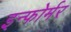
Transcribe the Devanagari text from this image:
इन्फोर्मर